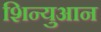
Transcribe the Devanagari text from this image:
शिन्युआन